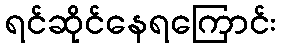
ရင်ဆိုင်နေရကြောင်း